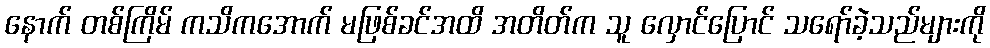
နောက် တစ်ကြိမ် ကသိကအောက် မဖြစ်ခင်အထိ အတိတ်က သူ လှောင်ပြောင် သရော်ခဲ့သည်များကို